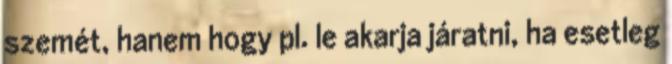
szemét, hanem hogy pl. le akarja járatni, ha esetleg